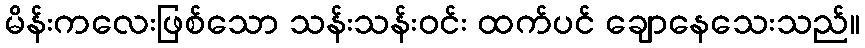
မိန်းကလေးဖြစ်သော သန်းသန်းဝင်း ထက်ပင် ချောနေသေးသည်။